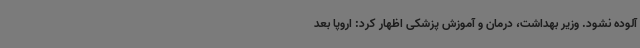
آلوده نشود. وزیر بهداشت، درمان و آموزش پزشکی اظهار کرد: اروپا بعد